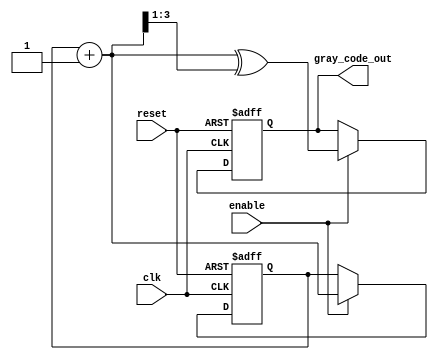
module gray_code_counter #(
    parameter N = 4  // Number of bits for the counter
)(
    input wire clk,          // Clock input
    input wire reset,        // Asynchronous reset
    input wire enable,       // Enable signal
    output reg [N-1:0] gray_code_out // Output Gray code value
);

    // Internal binary counter
    reg [N-1:0] binary_count;

    // Gray code conversion function
    function [N-1:0] binary_to_gray;
        input [N-1:0] binary;
        begin
            binary_to_gray = binary ^ (binary >> 1);
        end
    endfunction

    // Asynchronous reset and counting logic
    always @(posedge clk or posedge reset) begin
        if (reset) begin
            binary_count <= 0; // Reset binary counter to 0
            gray_code_out <= binary_to_gray(0); // Reset Gray code output
        end else if (enable) begin
            binary_count <= binary_count + 1; // Increment binary counter
            gray_code_out <= binary_to_gray(binary_count + 1); // Update Gray code output
        end
    end

endmodule